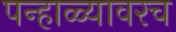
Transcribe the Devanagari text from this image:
पन्हाळ्यावरच